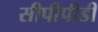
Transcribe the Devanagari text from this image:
सीपीपीडी